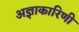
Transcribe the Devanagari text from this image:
अज्ञाकारिणी